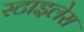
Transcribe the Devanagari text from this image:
स्टाइलेस